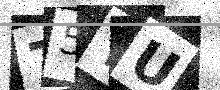
Text: 75YU